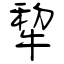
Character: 犂